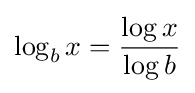
\log _{b}x={\frac {\log x}{\log b}}